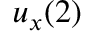
u _ { x } ( 2 )